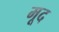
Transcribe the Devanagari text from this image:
मूद